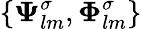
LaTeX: \{ \boldsymbol{\Psi}_{lm}^{\sigma},\boldsymbol{\Phi}_{lm}^{\sigma}\}